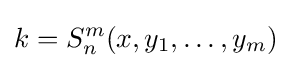
k=S_{n}^{m}(x,y_{1},\dots ,y_{m})